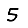
Digit: 5